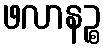
ဖလာနဉ္စ